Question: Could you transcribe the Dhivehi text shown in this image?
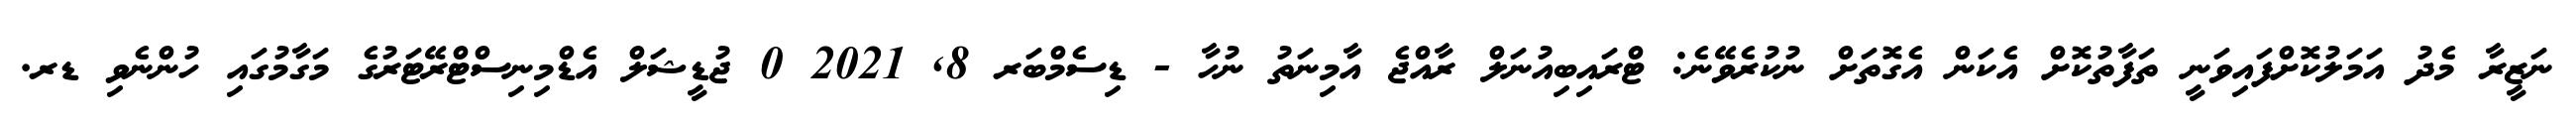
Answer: ނަޒީރާ މެދު އަމަލުކޮށްފައިވަނީ ތަފާތުކޮށް އެކަން އެގޮތަށް ނުކުރެވޭނެ: ޓްރައިބިއުނަލް ރާއްޖެ އާމިނަތު ނުހާ - ޑިސެމްބަރ 8, 2021 0 ޖުޑީޝަލް އެޑްމިނިސްޓްރޭޓަރުގެ މަގާމުގައި ހުންނެވި ޑރ.